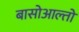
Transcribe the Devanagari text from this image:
बासोआल्तो